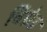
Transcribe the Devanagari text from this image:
बिग्रेड